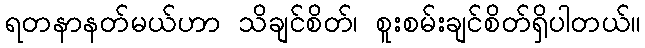
ရတနာနတ်မယ်ဟာ သိချင်စိတ်၊ စူးစမ်းချင်စိတ်ရှိပါတယ်။